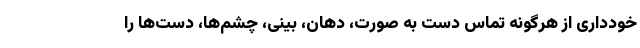
خودداری از هرگونه تماس دست به صورت، دهان، بینی، چشم‌ها، دست‌ها را